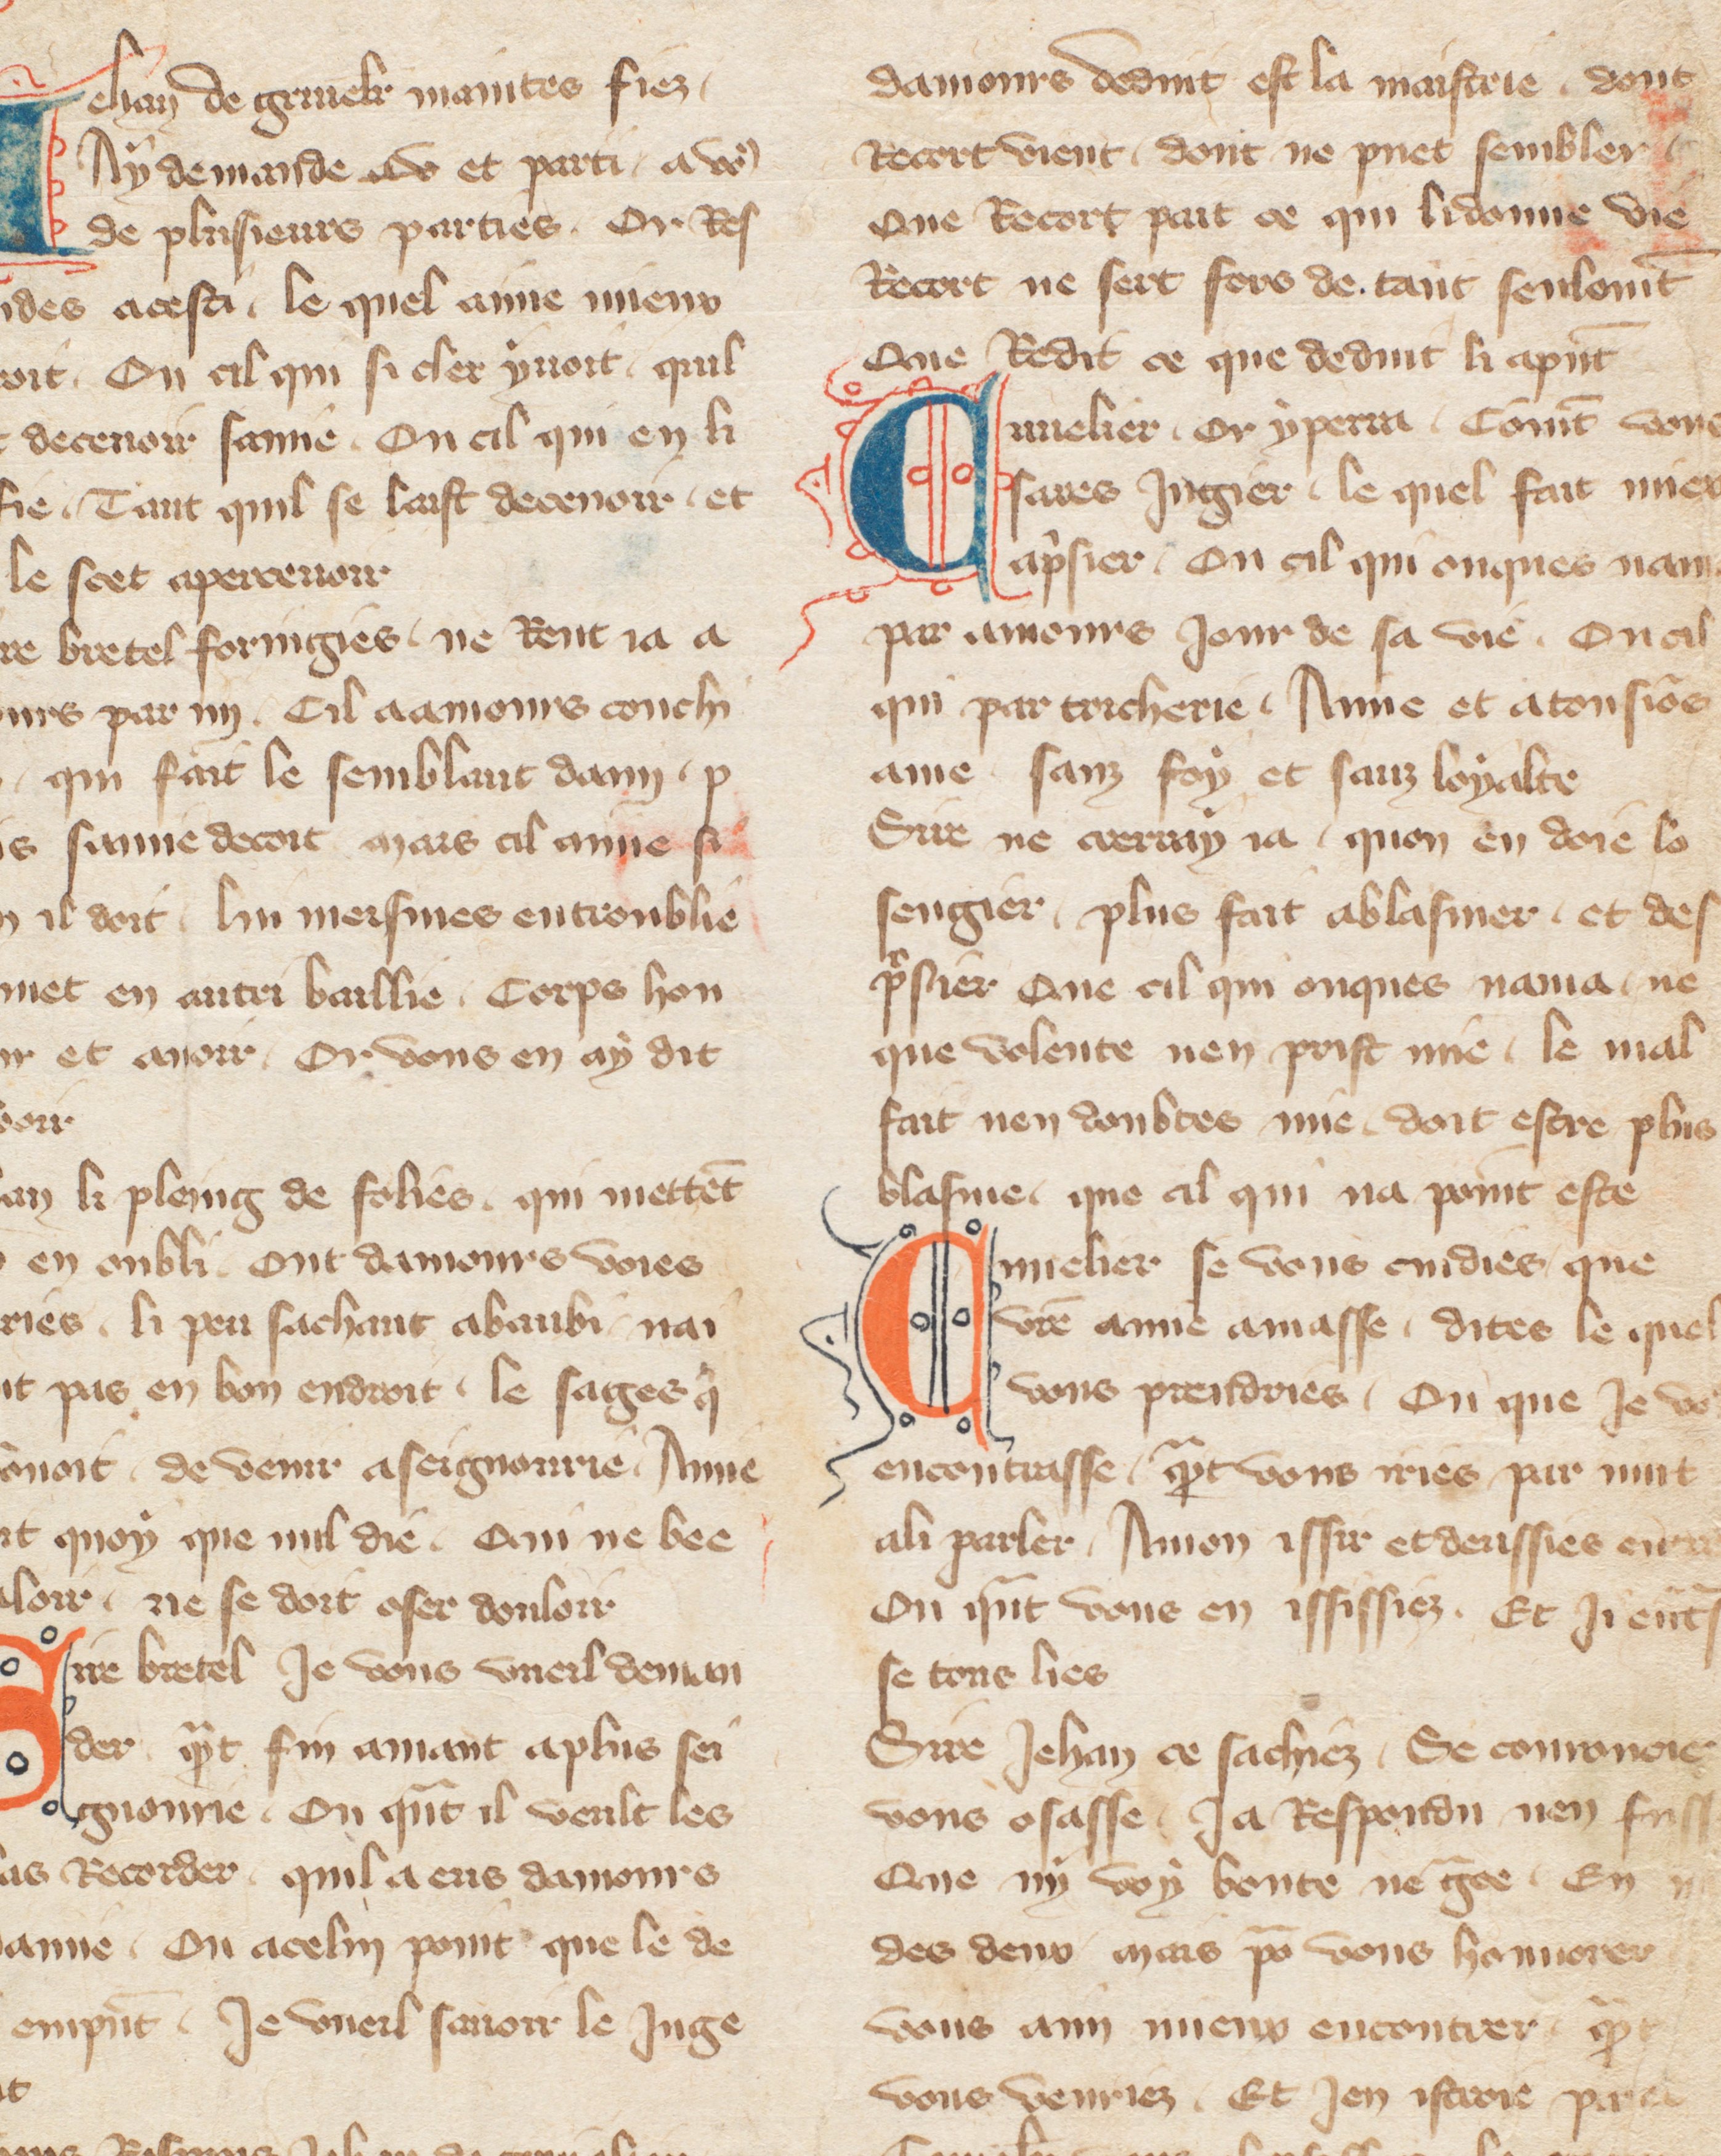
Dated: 1355–1395